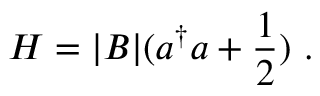
H = | { \cal B } | ( a ^ { \dagger } a + \frac { 1 } { 2 } ) ~ .